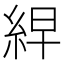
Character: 𮈎